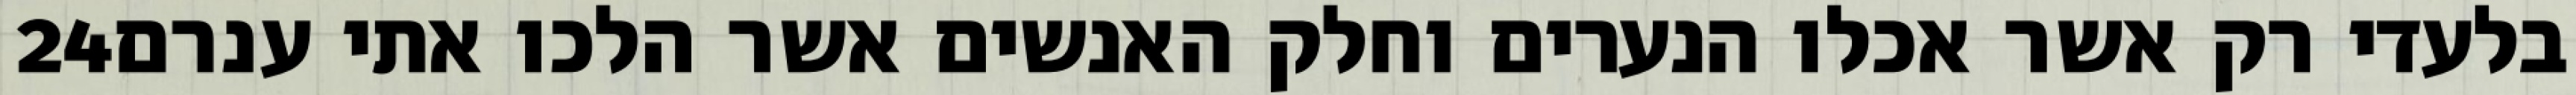
‎24‏ בלעדי רק אשר אכלו הנערים וחלק האנשים אשר הלכו אתי ענרם